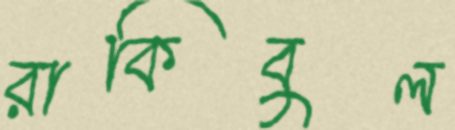
রাকিবুল